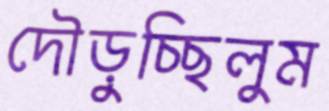
দৌড়ুচ্ছিলুম